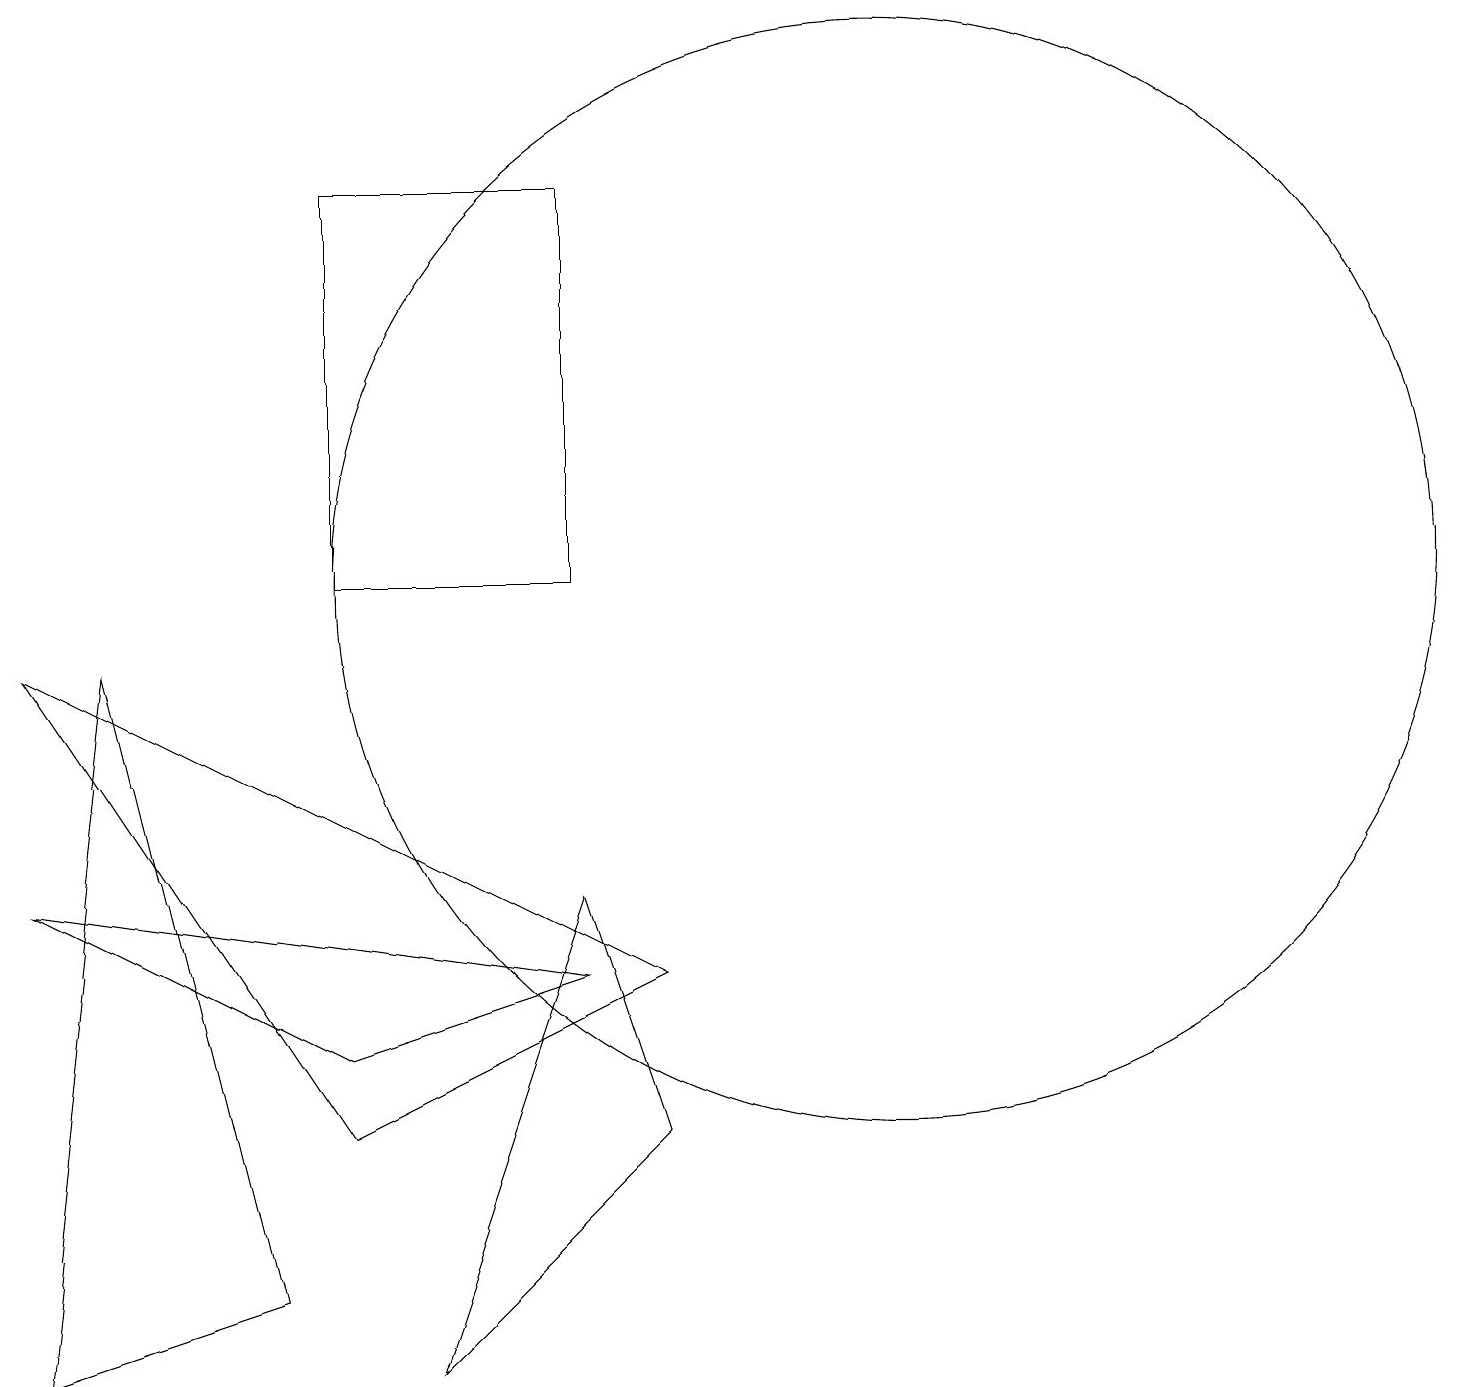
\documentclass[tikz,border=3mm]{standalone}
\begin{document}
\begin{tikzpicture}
\draw (11,10) circle (7);
\draw (3,1) -- (1,9) -- (0,0) -- cycle;
\draw (5,0) -- (7,6) -- (8,3) -- cycle;
\draw (4,3) -- (8,5) -- (0,9) -- cycle;
\draw (4,4) -- (7,5) -- (0,6) -- cycle;
\draw (4,15) rectangle (7,10);
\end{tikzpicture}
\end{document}